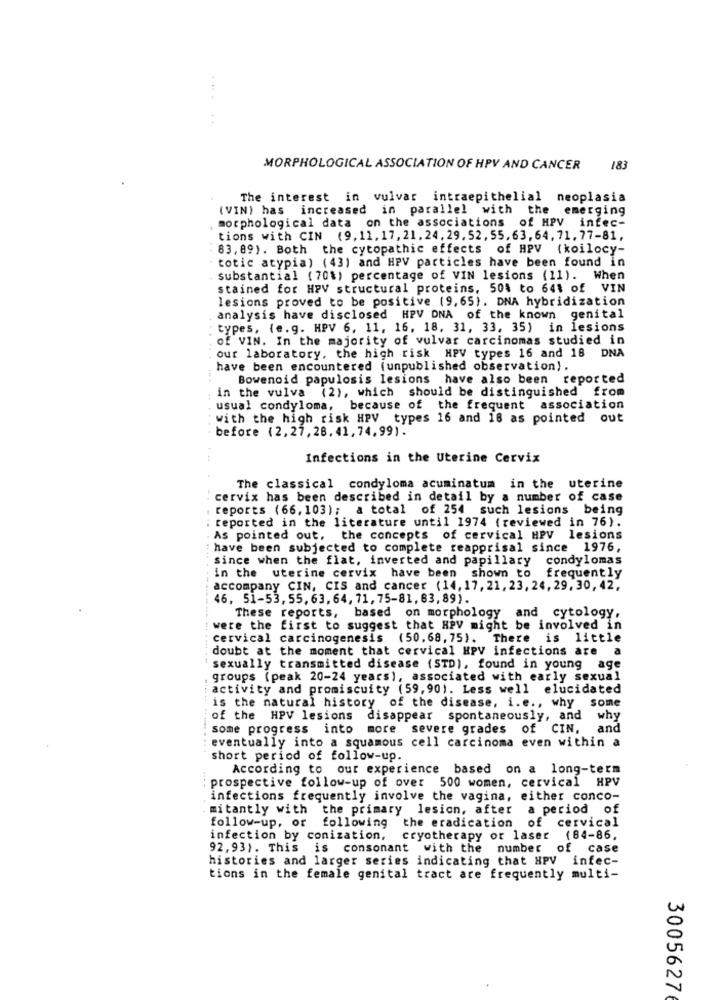
..
MORPHOLOGICAL ASSOCIATION OF HPV AND CANCER 183
The interest in vulvar intraepithelial neoplasia
(VIN) has increased in parallel with the emerging
morphological data on the associations of HPV infec-
tions with CIN (9,11. 17, 21. 24. 29. 52, 55. 63. 64. 71. 77-81,
83, 89). Both the cytopathic effects of HPV (koilocy-
" totic atypia) (43) and HPV particles have been found in
substantial (70%) percentage of VIN lesions (11). When
stained for HPV structural proteins, 50% to 64% of VIN
lesions proved to be positive (9,65). DNA hybridization
analysis have disclosed HPV DNA of the known genital
types, (e.g. HPV 6, 11, 16, 18, 31, 33, 35) in lesions
..
of VIN. In the majority of vulvar carcinomas studied in
our laboratory, the high risk HPV types 16 and 18 DNA
have been encountered (unpublished observation).
Bowenoid papulosis lesions have also been reported
in the vulva (2), which should be distinguished from
usual condyloma, because of the frequent association
with the high risk HPV types 16 and 18 as pointed out
before (2,27,28, 41, 74,99) .
. ..
Infections in the Uterine Cervix
The classical condyloma acuminatum in the uterine
cervix has been described in detail by a number of case
reports (66, 103); a total of 254 such lesions being
reported in the literature until 1974 (reviewed in 76).
As pointed out, the concepts of cervical HPV lesions
have been subjected to complete reapprisal since 1976,
since when the flat, inverted and papillary condylomas
in the uterine cervix have been shown to frequently
accompany CIN, CIS and cancer (14, 17, 21, 23, 24, 29. 30, 42,
46, 51-53, 55, 63, 64, 71, 75-81, 63, 89).
These reports, based on morphology and cytology,
were the first to suggest that HPV might be involved in
cervical carcinogenesis (50,68,75). There is little
doubt at the moment that cervical HPV infections are
a
sexually transmitted disease (STD), found in young age
groups (peak 20-24 years), associated with early sexual
activity and promiscuity (59,901. Less well elucidated
is the natural history of the disease, i.e ., why some
of the HPV lesions disappear spontaneously, and why
some progress into more severe grades of CIN, and
eventually into a squamous cell carcinoma even within a
short period of follow-up.
According to our experience based on a long-term
prospective follow-up of over 500 women, cervical HPV
infections frequently involve the vagina, either conco-
mitantly with the primary lesion, after a period of
follow-up, or following the eradication of cervical
infection by conization, cryotherapy or laser (84-86,
92,93). This is consonant with the number of case
histories and larger series indicating that HPV infec-
tions in the female genital tract are frequently multi-
3005627